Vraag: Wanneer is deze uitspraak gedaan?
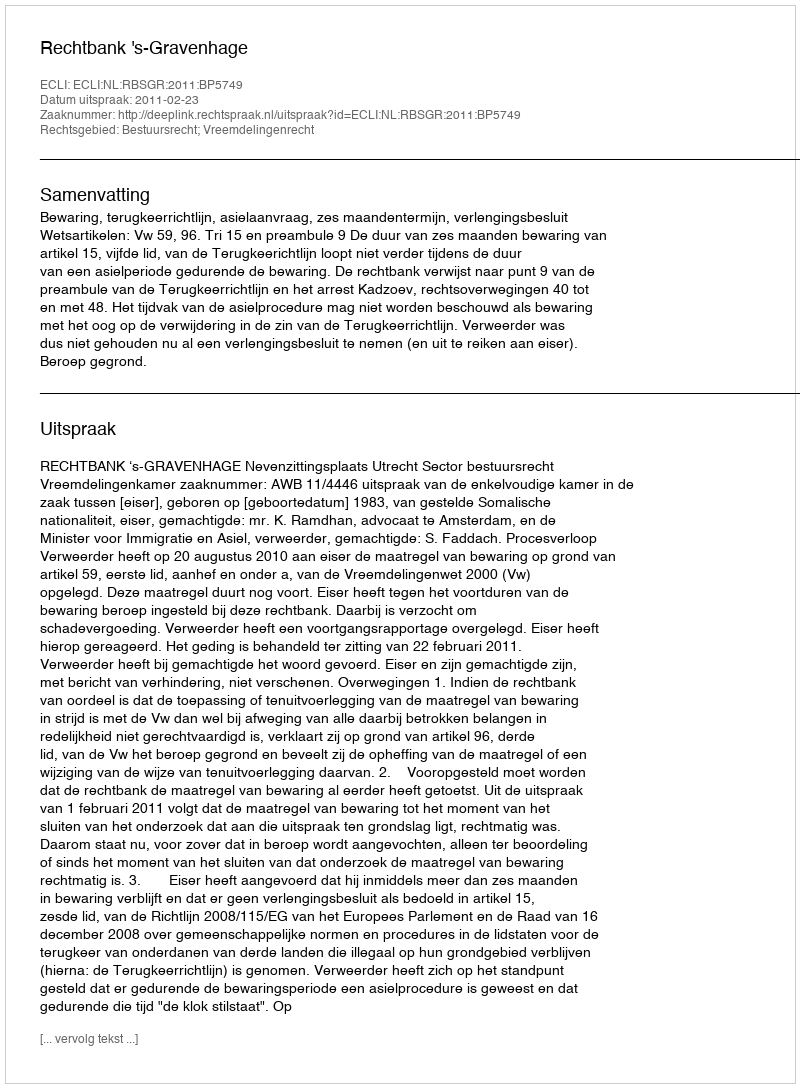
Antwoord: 2011-02-23